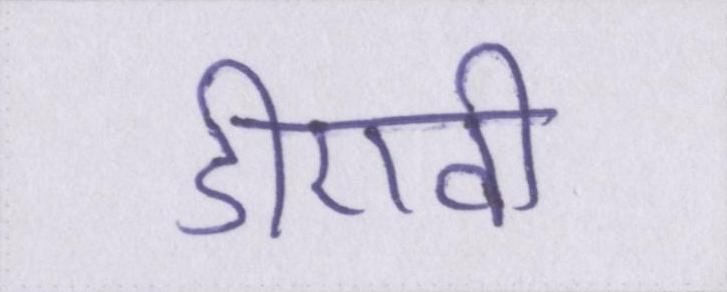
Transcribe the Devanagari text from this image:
डीएवी